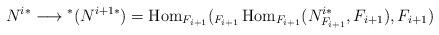
LaTeX: \begin{align*} N^{i*} \longrightarrow {}^{*}(N^{i+1*}) = \operatorname{Hom}_{F_{i+1}}({}_{F_{i+1}}\operatorname{Hom}_{F_{i+1}}(N^{i*}_{F_{i+1}},F_{i+1}), F_{i+1})\end{align*}